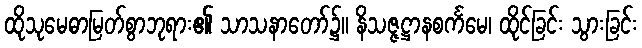
ထိုသုမေဓာမြတ်စွာဘုရား၏ သာသနာတော်၌။ နိသဇ္ဇဋ္ဌာနစင်္ကမေ၊ ထိုင်ခြင်း သွားခြင်း